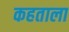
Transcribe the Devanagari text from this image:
कहताला